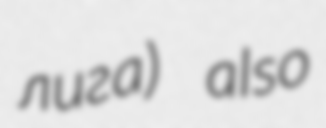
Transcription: лига) also